Civil Veterinary Department ledger series I-VI
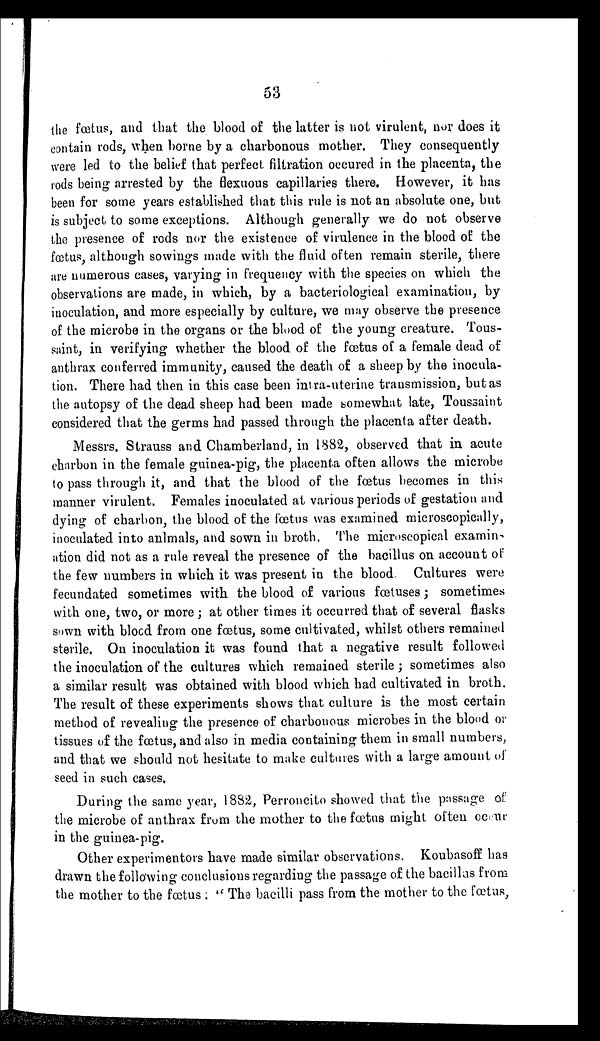
53
the foetus, and that the blood of the latter is not virulent, nor does it
contain rods, when borne by a charbonous mother. They consequently
were led to the belief that perfect filtration occured in the placenta, the
rods being arrested by the flexuous capillaries there. However, it has
been for some years established that this rule is not an absolute one, but
is subject to some exceptions. Although generally we do not observe
the presence of rods nor the existence of virulence in the blood of the
fœtus, although sowings made with the fluid often remain sterile, there
are numerous cases, varying in frequency with the species on which the
observations are made, in which, by a bacteriological examination, by
inoculation, and more especially by culture, we may observe the presence
of the microbe in the organs or the blood of the young creature. Tous-
saint, in verifying whether the blood of the fœtus of a female dead of
anthrax conferred immunity, caused the death of a sheep by the inocula-
tion. There had then in this case been intra-uterine transmission, but as
the autopsy of the dead sheep had been made somewhat late, Toussaint
considered that the germs had passed through the placenta after death.
Messrs. Strauss and Chamberland, in 1882, observed that in acute
charbon in the female guinea-pig, the placenta often allows the microbe
to pass through it, and that the blood of the fœtus becomes in this
manner virulent. Females inoculated at various periods of gestation and
dying of charbon, the blood of the fœtus was examined microscopically,
inoculated into animals, and sown in broth. The microscopical examin-
ation did not as a rule reveal the presence of the bacillus on account of
the few numbers in which it was present in the blood. Cultures were
fecundated sometimes with the blood of various fœtuses; sometimes
with one, two, or more; at other times it occurred that of several flasks
sown with blood from one fœtus, some cultivated, whilst others remained
sterile. On inoculation it was found that a negative result followed
the inoculation of the cultures which remained sterile; sometimes also
a similar result was obtained with blood which had cultivated in broth.
The result of these experiments shows that culture is the most certain
method of revealing the presence of charbonous microbes in the blood or
tissues of the fœtus, and also in media containing them in small numbers,
and that we should not hesitate to make cultures with a large amount of
seed in such cases.
During the same year, 1882, Perroncito showed that the passage of
the microbe of anthrax from the mother to the fœtus might often occur
in the guinea-pig.
Other experimentors have made similar observations. Koubasoff has
drawn the following conclusions regarding the passage of the bacillss from
the mother to the fœtus. "The bacilli pass from the mother to the fœtas,